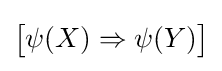
{\bigl [}\psi (X)\Rightarrow \psi (Y){\bigr ]}